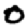
Digit: 0